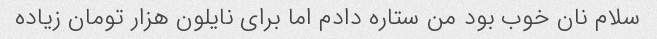
سلام نان خوب بود من ستاره دادم اما برای نایلون هزار تومان زیاده